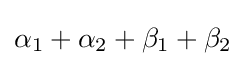
\alpha _{1}+\alpha _{2}+\beta _{1}+\beta _{2}